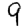
Digit: 9